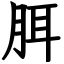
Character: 䏪